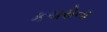
કચરોના